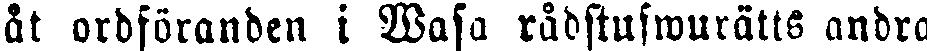
åt ordföranden i Wasa rådstuswurätts andra